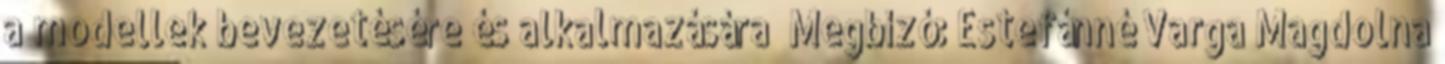
a modellek bevezetésére és alkalmazására” Megbízó: Estefánné Varga Magdolna